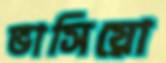
ভাসিয়ো